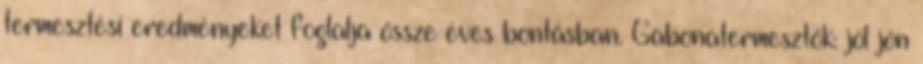
termesztési eredményeket foglalja össze éves bontásban. Gabonatermesztők: jól jön